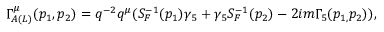
\Gamma _ { A ( L ) } ^ { \mu } ( p _ { 1 } , p _ { 2 } ) = q ^ { - 2 } q ^ { \mu } ( S _ { F } ^ { - 1 } ( p _ { 1 } ) \gamma _ { 5 } + \gamma _ { 5 } S _ { F } ^ { - 1 } ( p _ { 2 } ) - 2 i m \Gamma _ { 5 } ( p _ { 1 , } p _ { 2 } ) ) ,